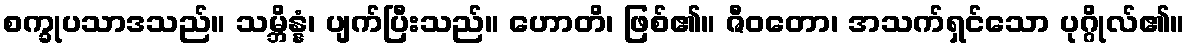
စက္ခုပသာဒသည်။ သမ္ဘိန္နံ၊ ပျက်ပြီးသည်။ ဟောတိ၊ ဖြစ်၏။ ဇီဝတော၊ အသက်ရှင်သော ပုဂ္ဂိုလ်၏။